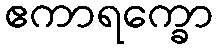
ဧကာရက္ခော